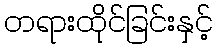
တရားထိုင်ခြင်းနှင့်